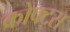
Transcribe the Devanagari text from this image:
क्रोफ्ट्स